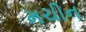
મચીન